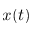
x ( t )